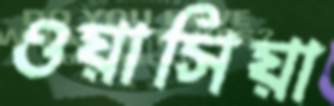
ওয়াসিয়া